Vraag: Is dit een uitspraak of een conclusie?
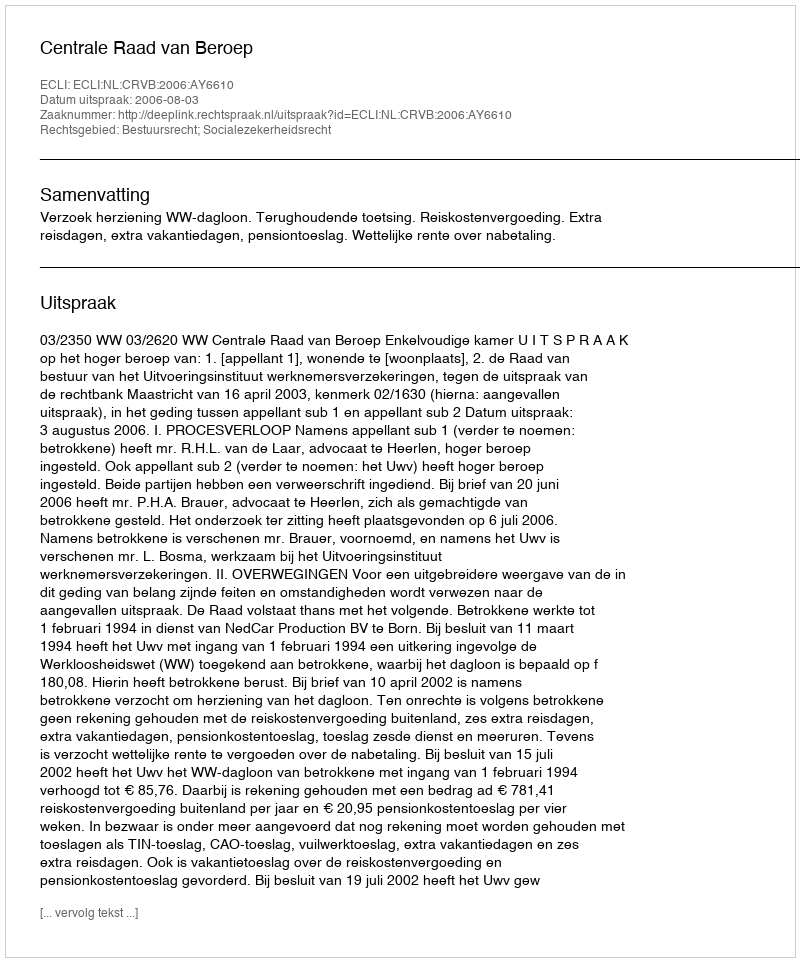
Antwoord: Uitspraak